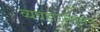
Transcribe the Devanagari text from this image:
व्यवहारसंतुलन